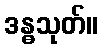
ဒန္ဓသုတ်။